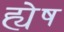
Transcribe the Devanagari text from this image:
ह्येष